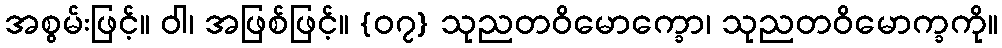
အစွမ်းဖြင့်။ ဝါ၊ အဖြစ်ဖြင့်။ {၀၇} သုညတဝိမောက္ခော၊ သုညတဝိမောက္ခကို။